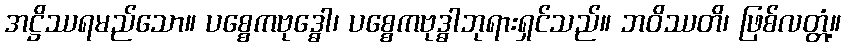
အဋ္ဌိဿရမည်သော။ ပစ္စေကဗုဒ္ဓေါ၊ ပစ္စေကဗုဒ္ဓါဘုရားရှင်သည်။ ဘဝိဿတိ၊ ဖြစ်လတ္တံ့။